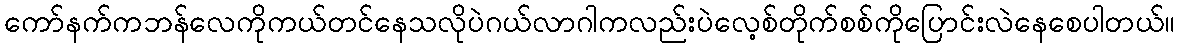
ကော်နက်ကဘန်လေကိုကယ်တင်နေသလိုပဲဂယ်လာဂါကလည်းပဲလေ့စ်တိုက်စစ်ကိုပြောင်းလဲနေစေပါတယ်။